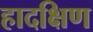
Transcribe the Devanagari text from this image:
हादक्षिण